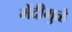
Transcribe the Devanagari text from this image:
मेंदीमुळे